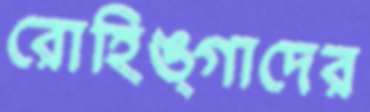
রোহিঙ্গাদের